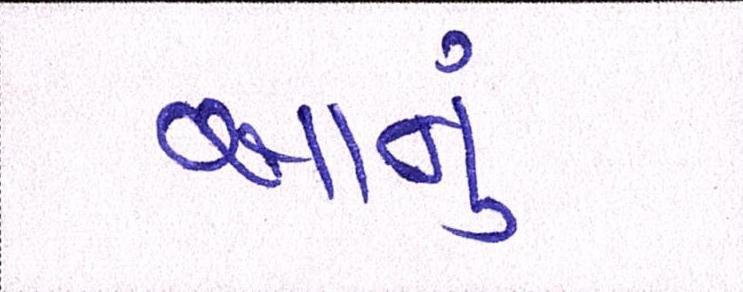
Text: આનું